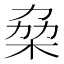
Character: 𠡷